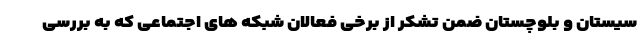
سیستان و بلوچستان ضمن تشکر از برخی فعالان شبکه های اجتماعی که به بررسی